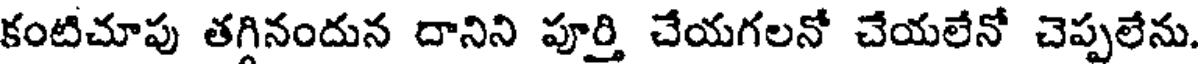
కంటిచూపు తగినందున దానిని పూర్తి చేయగలనో చేయలేనో చెప్పలేను.